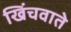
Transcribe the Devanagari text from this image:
खिंचवाते